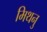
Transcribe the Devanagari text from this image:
मिथनु